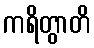
ကရိတွာတိ